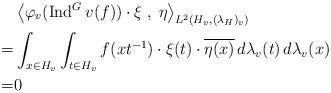
LaTeX: \begin{align*}& \left\langle \varphi_v ( \operatorname{Ind}^G v (f)) \cdot \xi \;,\; \eta \right\rangle_{L^2(H_v, (\lambda_H)_v)} \\= & \int_{x \in H_v} \int_{t \in H_v} f(xt^{-1}) \cdot \xi(t) \cdot \overline{ \eta(x)} \, d\lambda_v(t) \, d\lambda_v(x) \\= & 0 \; \end{align*}